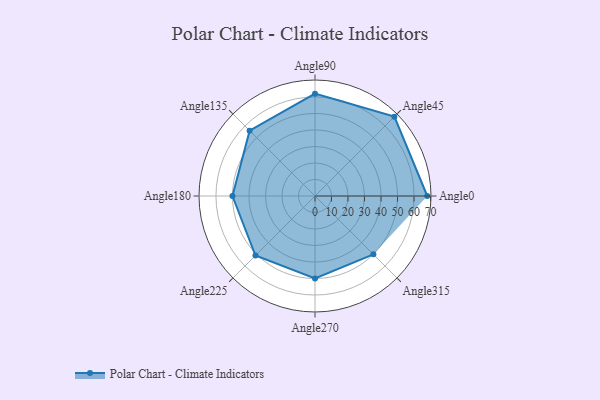
{"axis": {"x": "Angle", "y": "Radius"}, "legend": [""], "data": [{"x": "Angle0", "y": 68.0, "type": ""}, {"x": "Angle45", "y": 68.0, "type": ""}, {"x": "Angle90", "y": 62.0, "type": ""}, {"x": "Angle135", "y": 56.0, "type": ""}, {"x": "Angle180", "y": 50.0, "type": ""}, {"x": "Angle225", "y": 51.0, "type": ""}, {"x": "Angle270", "y": 50, "type": ""}, {"x": "Angle315", "y": 50, "type": ""}]}